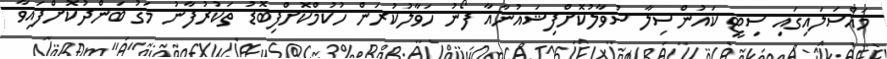
މައްސަލައިގައި ސިޓީ ކައުންސިލާ ސުވާލުކޮށްފިޝައުނާއާ ފޯނު ހަވާލުކުރަން ހުކުމްކޮށްފިބޮޑު ތަކުރުފާނު މަގު ބަންދުކޮށްފައިވާ